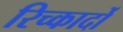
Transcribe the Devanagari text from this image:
रिच्कार्दो